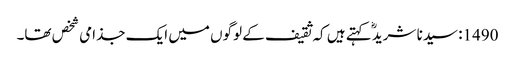
1490: سیدنا شریدؓ کہتے ہیں کہ ثقیف کے لوگوں میں ایک جذامی شخص تھا۔